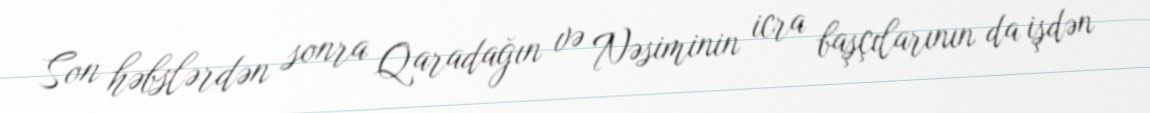
Son həbslərdən sonra Qaradağın və Nəsiminin icra başçılarının da işdən